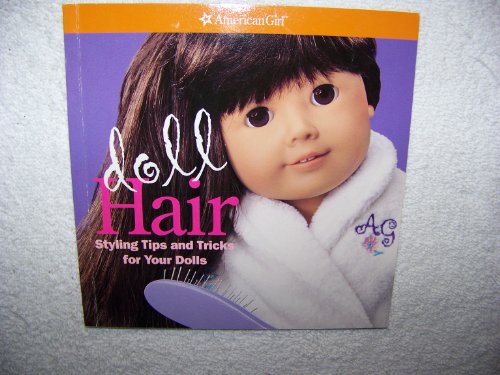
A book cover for American Girl Doll Hair: Styling Tips and Tricks for Your Dolls; American Girl Publishing; Health, Fitness & Dieting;